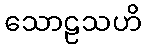
သောဠသဟိ